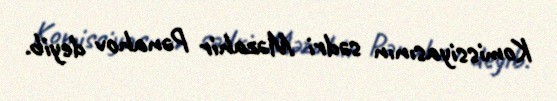
Komissiyasının sədri Məzahir Pənahov deyib.